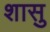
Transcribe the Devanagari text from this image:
शासु